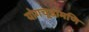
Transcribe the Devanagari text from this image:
योगचूडामणि